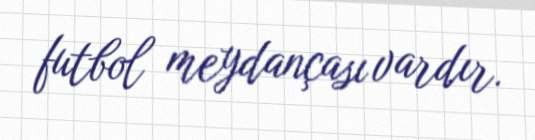
futbol meydançası vardır.